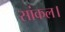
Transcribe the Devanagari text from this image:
सांकल।